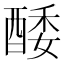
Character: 𨡌